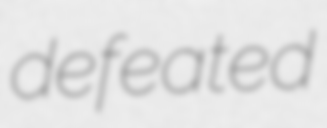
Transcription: defeated